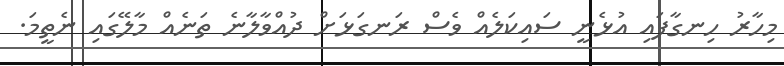
މިހާރު ހިނގާފައި އުޅެނީ ސައިކަލެއް ވެސް ރަނގަޅަށް ދުއްވާލާނެ ތަނެއް މާލޭގައި ނެތީމަ.